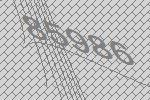
85986